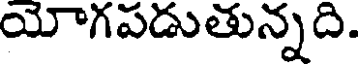
యోగపడుతున్నది.